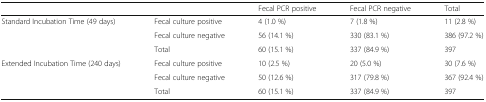
<table><thead><tr><td></td><td></td><td><b>Fecal PCR positive</b></td><td><b>Fecal PCR negative</b></td><td><b>Total</b></td></tr></thead><tbody><tr><td rowspan="3">Standard Incubation Time (49 days)</td><td>Fecal culture positive</td><td>4 (1.0 %)</td><td>7 (1.8 %)</td><td>11 (2.8 %)</td></tr><tr><td>Fecal culture negative</td><td>56 (14.1 %)</td><td>330 (83.1 %)</td><td>386 (97.2 %)</td></tr><tr><td>Total</td><td>60 (15.1 %)</td><td>337 (84.9 %)</td><td>397</td></tr><tr><td rowspan="3">Extended Incubation Time (240 days)</td><td>Fecal culture positive</td><td>10 (2.5 %)</td><td>20 (5.0 %)</td><td>30 (7.6 %)</td></tr><tr><td>Fecal culture negative</td><td>50 (12.6 %)</td><td>317 (79.8 %)</td><td>367 (92.4 %)</td></tr><tr><td>Total</td><td>60 (15.1 %)</td><td>337 (84.9 %)</td><td>397</td></tr></tbody></table>